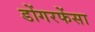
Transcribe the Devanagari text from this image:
डोंगरफेंसा